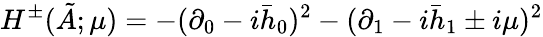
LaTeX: H^{\pm}(\tilde{A};\mu)=-(\partial_{0}-i\bar{h}_{0})^{2}-(\partial_{1}-i\bar{h}_{1}\pm i\mu)^{2}